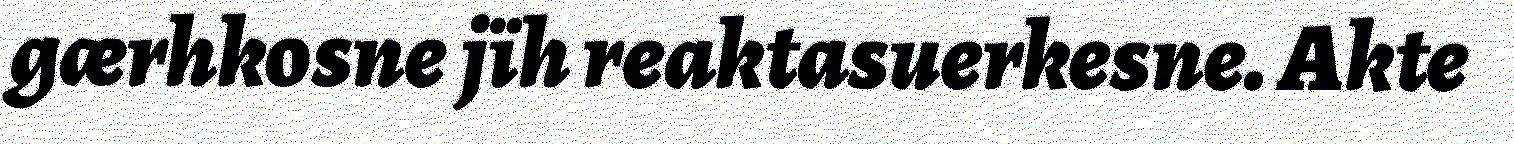
gærhkosne jïh reaktasuerkesne. Akte